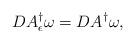
LaTeX: \begin{align*}DA_{\epsilon}^\dagger\omega=DA^\dagger\omega,\end{align*}